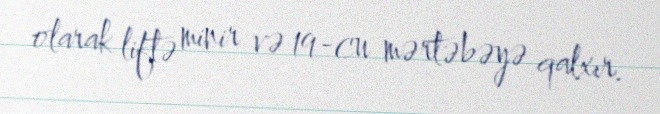
olarak liftə minir və 19-cu mərtəbəyə qalxır.